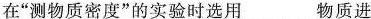
在”测物质密度”的实验时选用___物质进